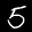
Label: 5